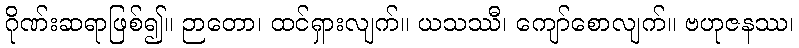
ဂိုဏ်းဆရာဖြစ်၍။ ဉာတော၊ ထင်ရှားလျက်။ ယသဿီ၊ ကျော်စောလျက်။ ဗဟုဇနဿ၊